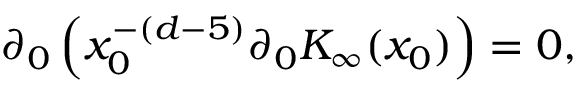
\partial _ { 0 } \left( x _ { 0 } ^ { - ( d - 5 ) } \partial _ { 0 } K _ { \infty } ( x _ { 0 } ) \right) = 0 ,